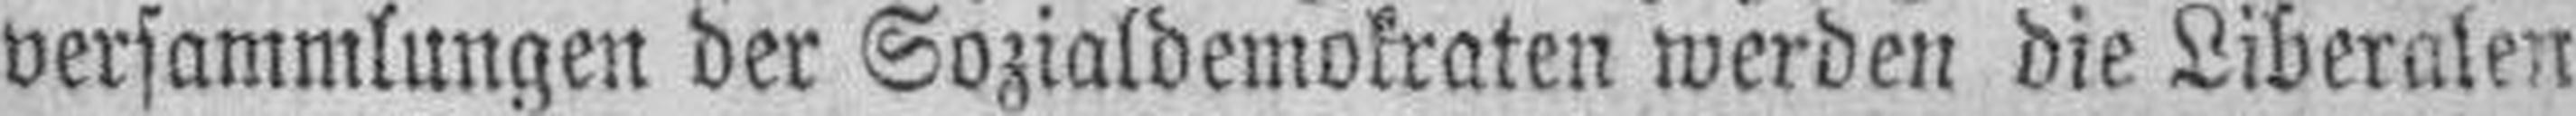
versammlungen der Sozialdemokraten werden die Liberalen